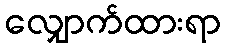
လျှောက်ထားရာ